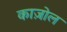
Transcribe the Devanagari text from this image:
काज़ोल